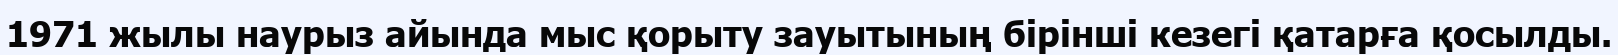
1971 жылы наурыз айында мыс қорыту зауытының бірінші кезегі қатарға қосылды.